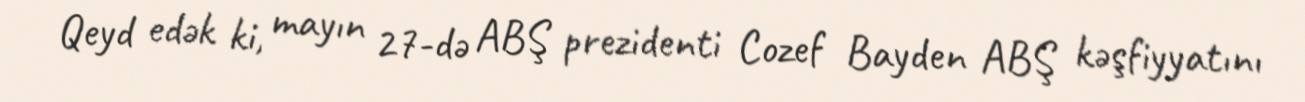
Qeyd edək ki, mayın 27-də ABŞ prezidenti Cozef Bayden ABŞ kəşfiyyatını